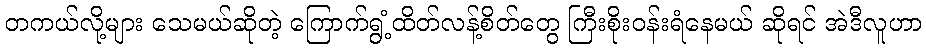
တကယ်လို့များ သေမယ်ဆိုတဲ့ ကြောက်ရွံ့ထိတ်လန့်စိတ်တွေ ကြီးစိုးဝန်းရံနေမယ် ဆိုရင် အဲဒီလူဟာ